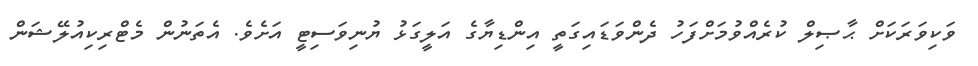
ވަކިވަރަކަށް ޙާޞިލް ކުރެއްވުމަށްފަހު ދެންވަޑައިގަތީ އިންޑިޔާގެ އަލީގަޅު ޔުނިވަސިޓީ އަށެވެ. އެތަނުން މެޓްރިކިއުލޭޝަން